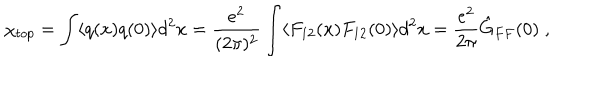
\chi _ { t o p } = \int \langle q ( x ) q ( 0 ) \rangle d ^ { 2 } x = \frac { e ^ { 2 } } { ( 2 \pi ) ^ { 2 } } \int \langle F _ { 1 2 } ( x ) F _ { 1 2 } ( 0 ) \rangle d ^ { 2 } x = \frac { e ^ { 2 } } { 2 \pi } \hat { G } _ { F F } ( 0 ) \; ,